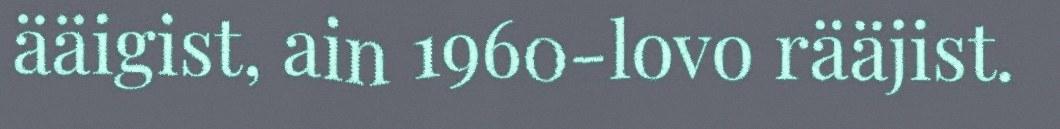
ääigist, ain 1960-lovo rääjist.